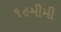
૧૯મીમી